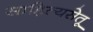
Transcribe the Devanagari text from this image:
साहित्यसेतू